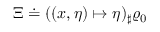
\Xi \doteq ( ( x , \eta ) \mapsto \eta ) _ { \sharp } \varrho _ { 0 }